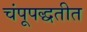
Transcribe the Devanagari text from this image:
चंपूपद्धतीत